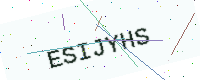
Text: ESIJYHS